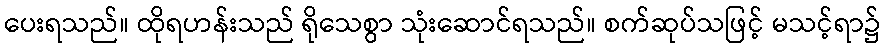
ပေးရသည်။ ထိုရဟန်းသည် ရိုသေစွာ သုံးဆောင်ရသည်။ စက်ဆုပ်သဖြင့် မသင့်ရာ၌